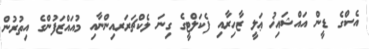
އެސްގެ ޑީން އައްޝައިޚު ޢަލީ ޒާހިރާއި ފެކަލްޓީގެ ގިނަ ލެކްޗަރަރއިންނާއި މުއައްޒަފުންގެ އިތުރުން